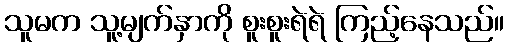
သူမက သူ့မျက်နှာကို စူးစူးရဲရဲ ကြည့်နေသည်။